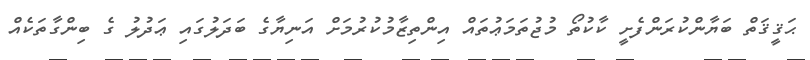
ޙަޤީޤަތް ބަޔާންކުރަންފެށީ ކާކުތޯ މުޖުތަމަޢުތައް އިންތިޒާމުކުރުމަށް އަނިޔާގެ ބަދަލުގައި ޢަދުލު ގެ ބިންގާތަކެއް